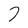
Character: 7